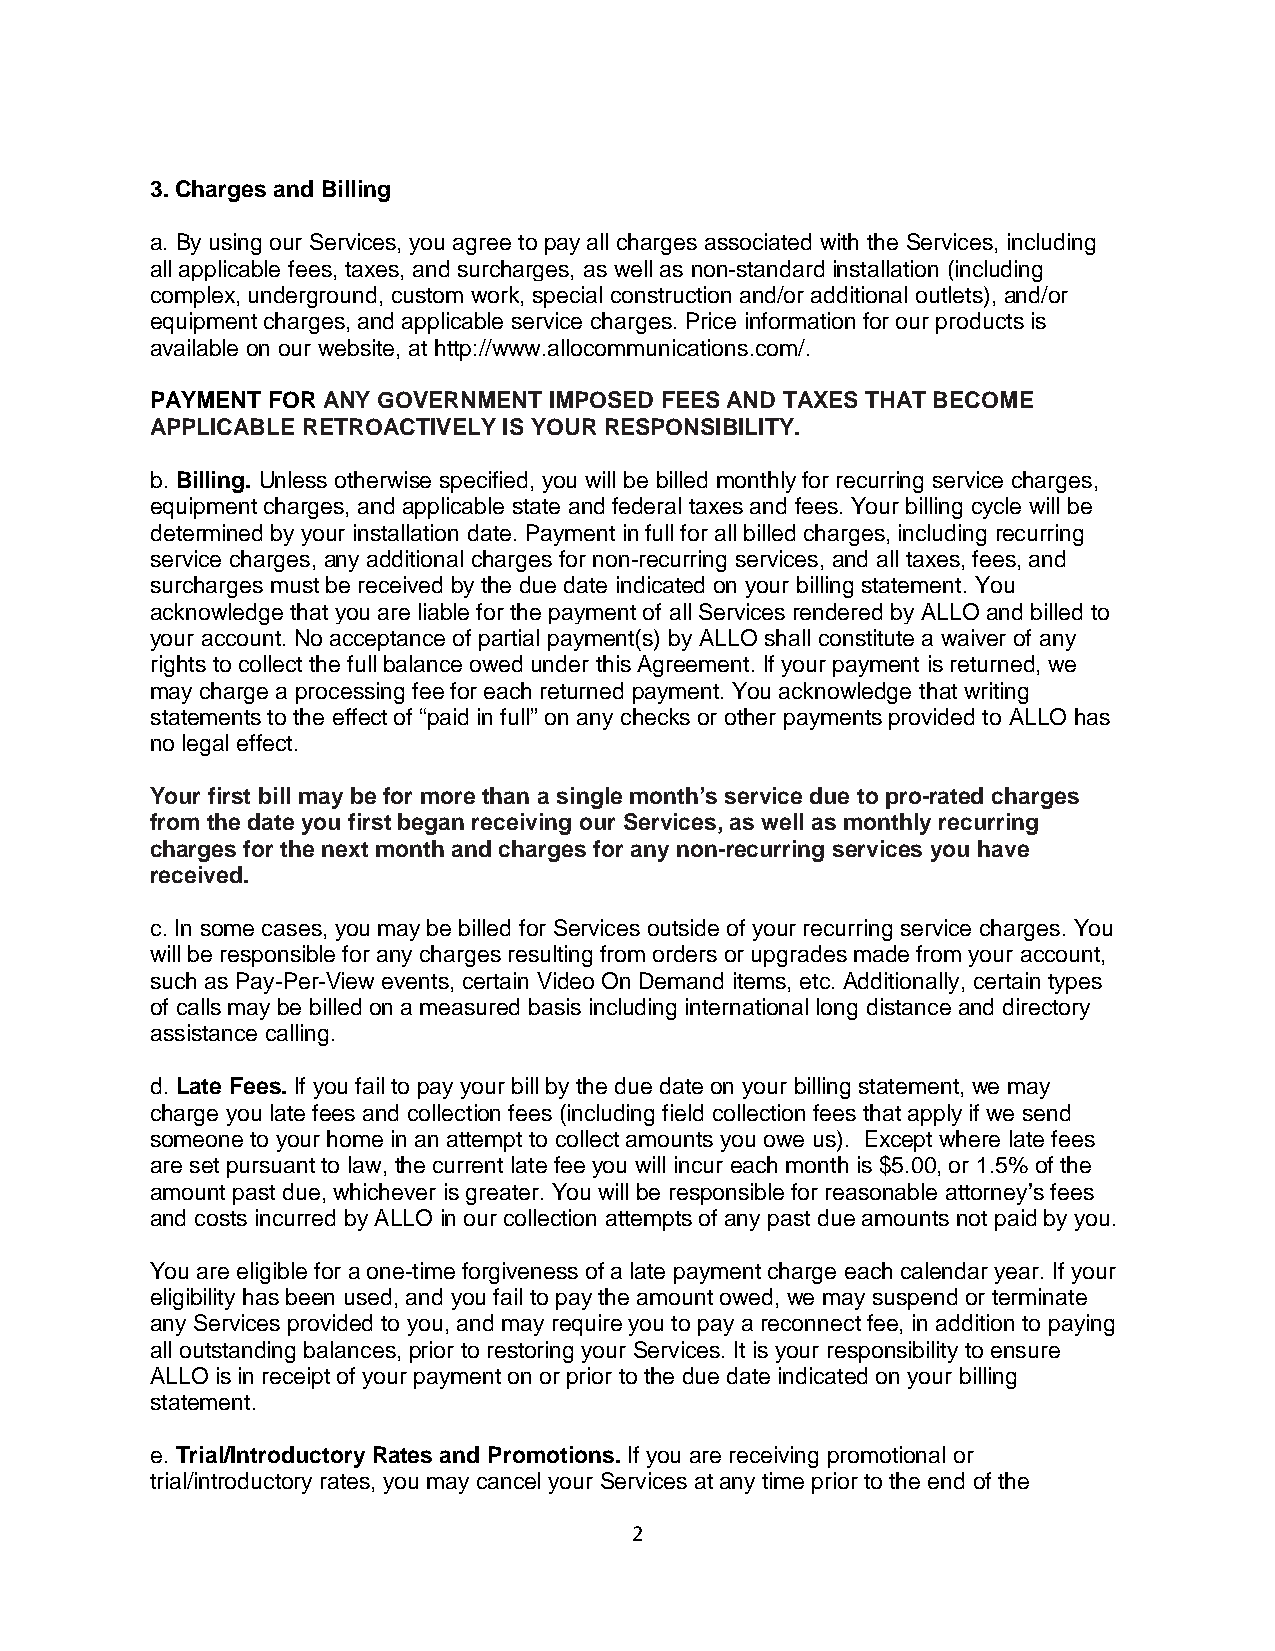
3. Charges and Billing
 a. By using our Services, you agree to pay all charges associated with the Services, including
 all applicable fees, taxes, and surcharges, as well as non-standard installation (including
 complex, underground, custom work, special construction and/or additional outlets), and/or
 equipment charges, and applicable service charges. Price information for our products is
 available on our website, at http://www.allocommunications.com/.
 PAYMENT FOR ANY GOVERNMENT IMPOSED FEES AND TAXES THAT BECOME
 APPLICABLE RETROACTIVELY IS YOUR RESPONSIBILITY.
 b. Billing. Unless otherwise specified, you will be billed monthly for recurring service charges,
 equipment charges, and applicable state and federal taxes and fees. Your billing cycle will be
 determined by your installation date. Payment in full for all billed charges, including recurring
 service charges, any additional charges for non-recurring services, and all taxes, fees, and
 surcharges must be received by the due date indicated on your billing statement. You
 acknowledge that you are liable for the payment of all Services rendered by ALLO and billed to
 your account. No acceptance of partial payment(s) by ALLO shall constitute a waiver of any
 rights to collect the full balance owed under this Agreement. If your payment is returned, we
 may charge a processing fee for each returned payment. You acknowledge that writing
 statements to the effect of “paid in full” on any checks or other payments provided to ALLO has
 no legal effect.
 Your first bill may be for more than a single month’s service due to pro-rated charges
 from the date you first began receiving our Services, as well as monthly recurring
 charges for the next month and charges for any non-recurring services you have
 received.
 c. In some cases, you may be billed for Services outside of your recurring service charges. You
 will be responsible for any charges resulting from orders or upgrades made from your account,
 such as Pay-Per-View events, certain Video On Demand items, etc. Additionally, certain types
 of calls may be billed on a measured basis including international long distance and directory
 assistance calling.
 d. Late Fees. If you fail to pay your bill by the due date on your billing statement, we may
 charge you late fees and collection fees (including field collection fees that apply if we send
 someone to your home in an attempt to collect amounts you owe us). Except where late fees
 are set pursuant to law, the current late fee you will incur each month is $5.00, or 1.5% of the
 amount past due, whichever is greater. You will be responsible for reasonable attorney’s fees
 and costs incurred by ALLO in our collection attempts of any past due amounts not paid by you.
 You are eligible for a one-time forgiveness of a late payment charge each calendar year. If your
 eligibility has been used, and you fail to pay the amount owed, we may suspend or terminate
 any Services provided to you, and may require you to pay a reconnect fee, in addition to paying
 all outstanding balances, prior to restoring your Services. It is your responsibility to ensure
 ALLO is in receipt of your payment on or prior to the due date indicated on your billing
 statement.
 e. Trial/Introductory Rates and Promotions. If you are receiving promotional or
 trial/introductory rates, you may cancel your Services at any time prior to the end of the
 2